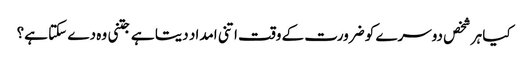
کیا ہر شخص دوسرے کو ضرورت کے وقت اتنی امداد دیتا ہے جتنی وہ دے سکتا ہے؟